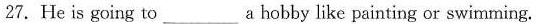
27.He is going to_________a hobby like painting or swimming.